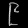
Digit: ၉